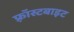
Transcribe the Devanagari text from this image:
फ़्रॉस्टबाइट